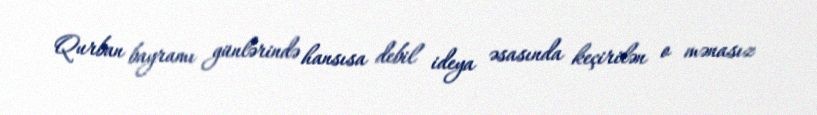
Qurban bayramı günlərində hansısa debil ideya əsasında keçirilən o mənasız